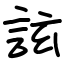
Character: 詃